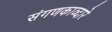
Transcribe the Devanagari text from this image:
संगणकाव्दारे